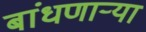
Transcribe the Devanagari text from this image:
बांधणार्‍या